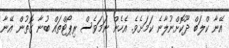
އޭނާ ކްލަބް ދޫކޮށްނުލާނެ ކަމަށެވެ. އެހެން ނަމަވެސް ރިޕޯޓްތައް ބުނާ ގޮތުން އޭނާ